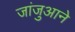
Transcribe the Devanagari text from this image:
जांजुआने